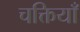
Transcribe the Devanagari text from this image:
चक्तियाँ